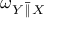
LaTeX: \omega _ { Y \, { \overline { { \| } } } \, X }